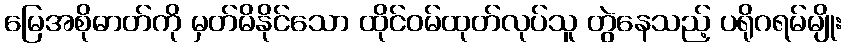
မြေအစိုဓာတ်ကို မှတ်မိနိုင်သော ထိုင်ဝမ်ထုတ်လုပ်သူ တွဲနေသည့် ပရိုဂရမ်မျိုး